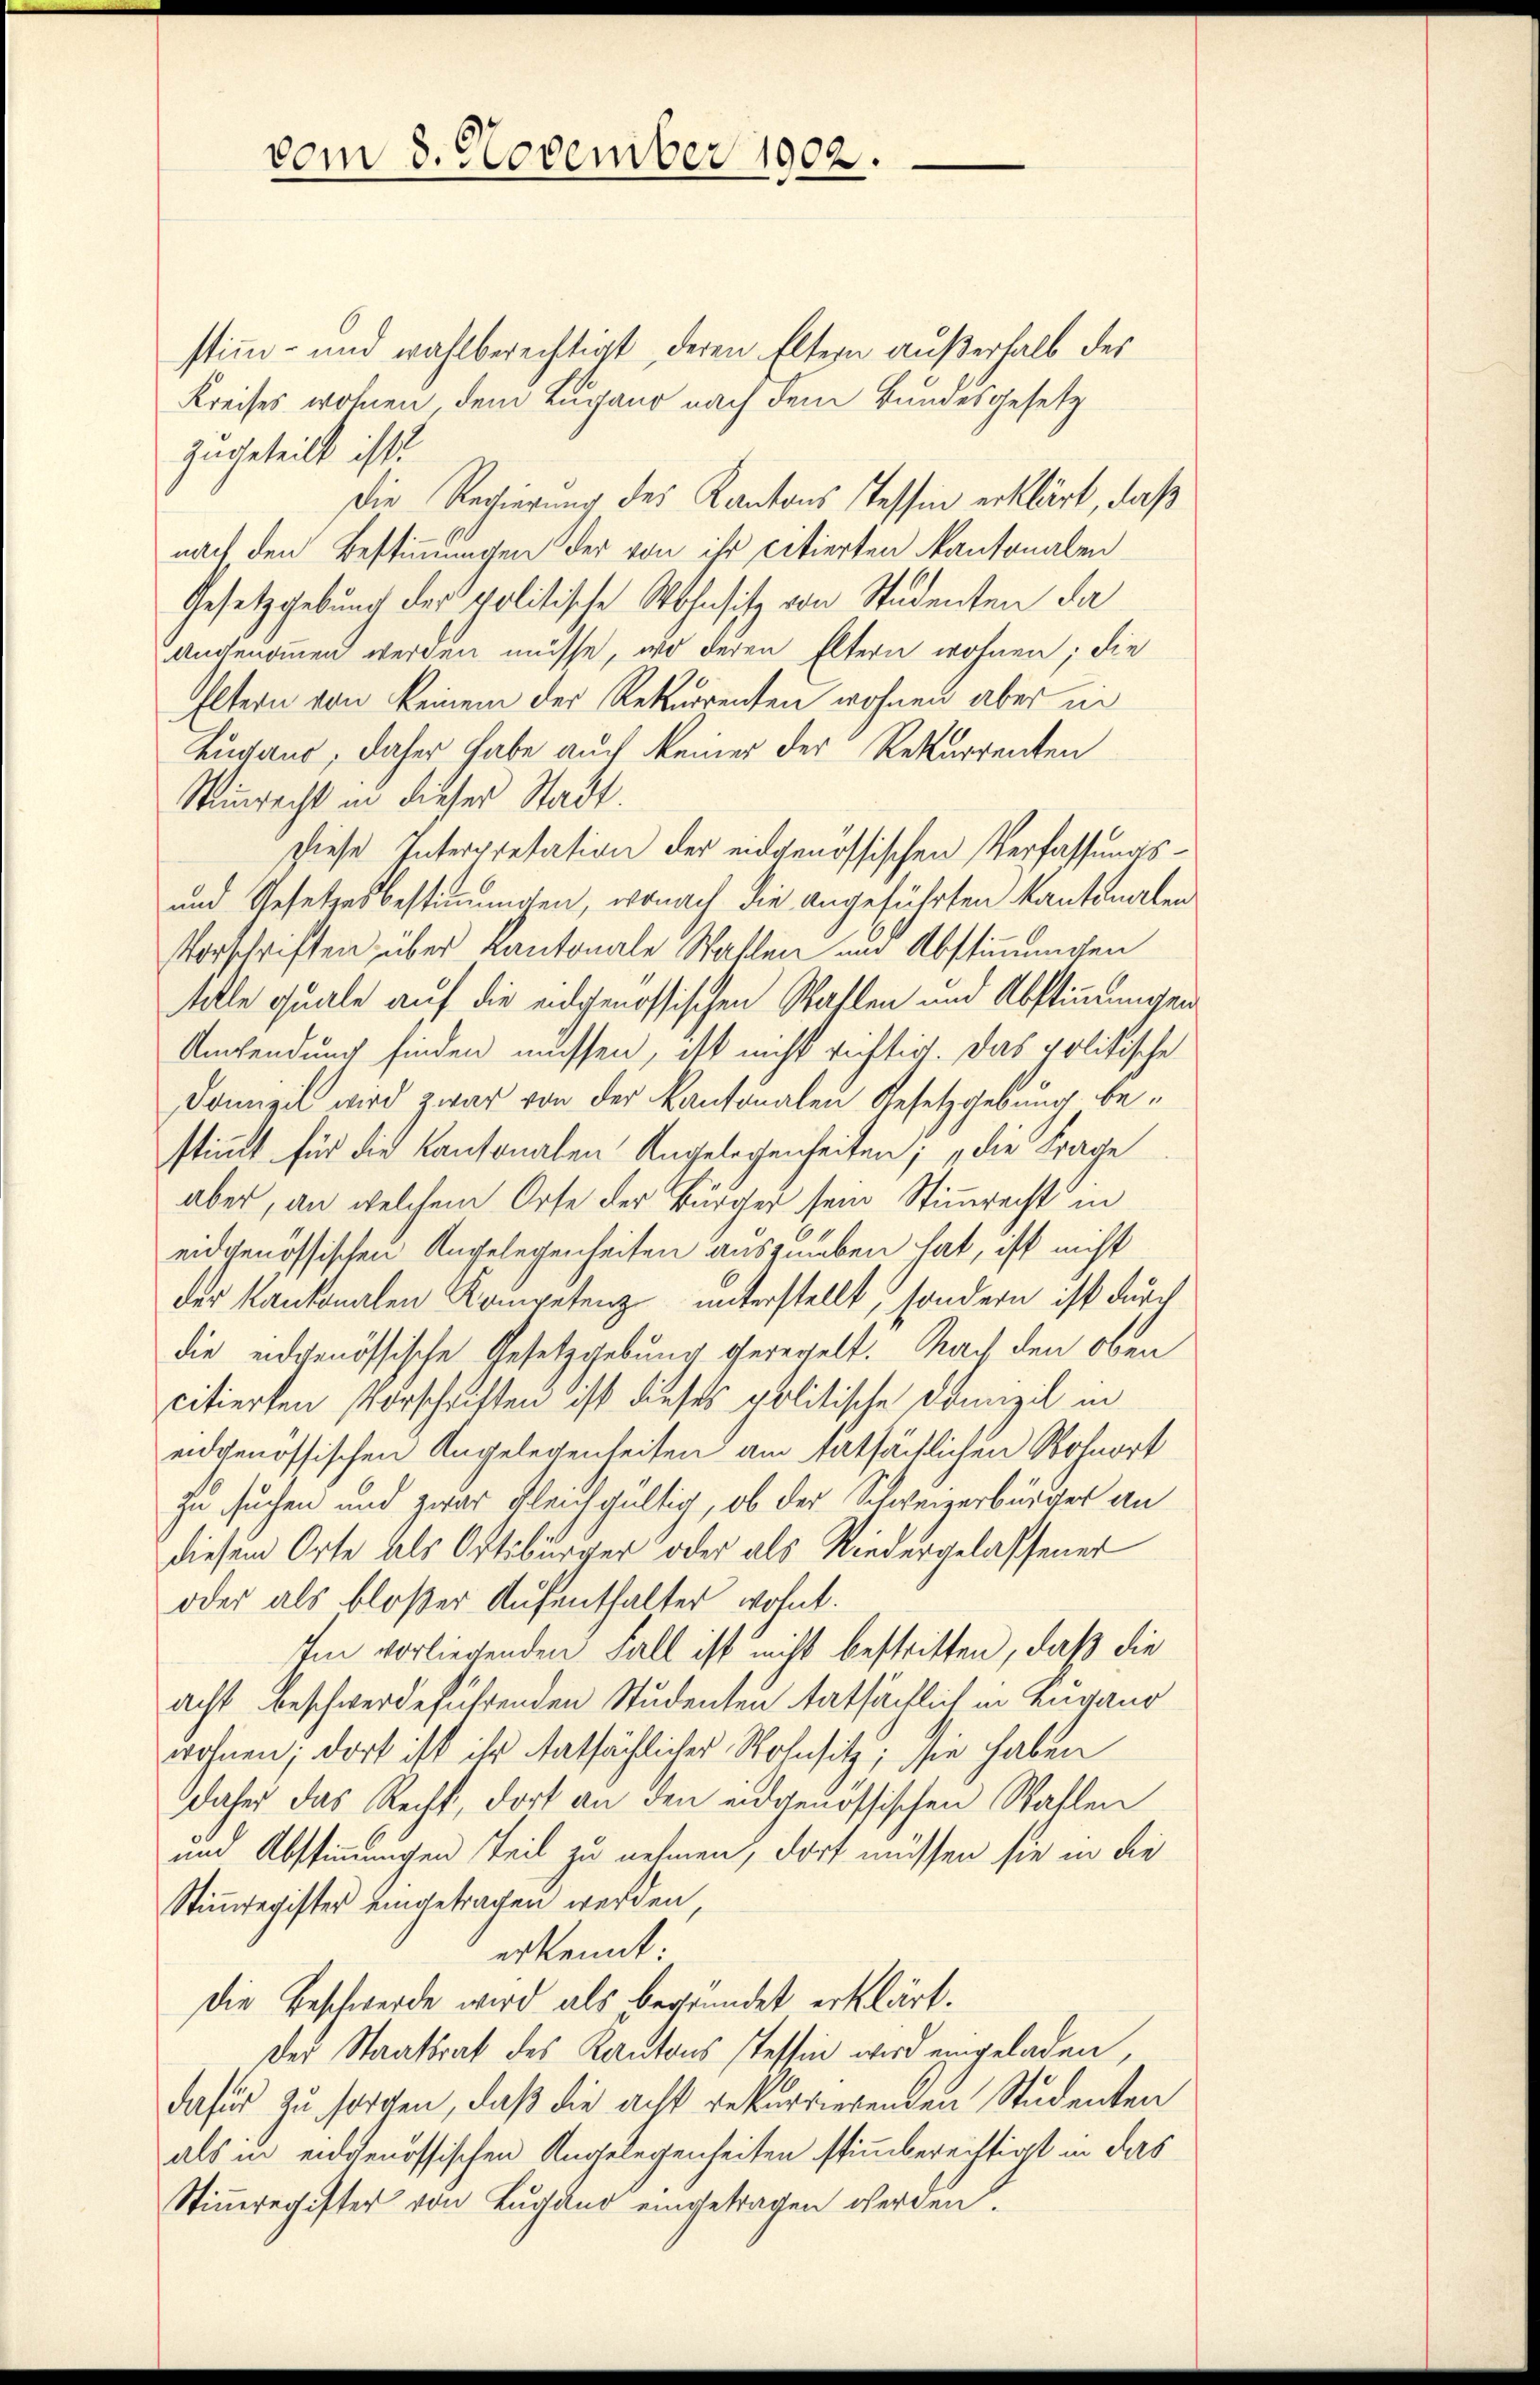
vom 8. November 1902.

stimm- und wahlberechtigt, deren Eltern außerhalb des
Kreises wohnen dem Lugano nach dem Bundesgesetz
zugeteilt ist.
Die Regierung des Kantons Tessin erklärt, daß
nach den Bestimmungen der von ihr citierten Kantonalen
Gesetzgebung der politische Wohnsitz von Studenten da
angenommen werden müsse, wo deren Eltern wohnen; die
Eltern von keinem der Rekurrenten wohnen aber in
Lugaus, daher habe auch keiner der Rekurrenten
Stinnrecht in dieser Stadt.
Diese Interpretation der eidgenössischen Verfassungs¬
und Gesetzesbestimmungen, wonach die angeführten Kantonalen
Vorschriften über Kantonale Wahlen und Abstimmungen
tille quale auf die eidgenössischen Wahlen und Abstimmungen
Anwendung finden müssen, ist nicht richtig. Das politische
Domizil wird zwar von der Kantonalen Gesetzgebung bestimmt für die Kantonalen Angelegenheiten; „die Frage
aber, an welchem Orte der Bürger sein Stimmrecht in
eidgenössischen Angelegenheiten ausgeben hat, ist nicht
der Kantonalen Kompetenz unterstellt, sondern ist durch
die eidgenössische Gesetzgebung geregelt. Nach den oben
citierten Vorschriften ist dieses politische Domizil in
eidgenössischen Angelegenheiten am tatsächlichen Wohnort
zu suchen und zwar gleichgültig, ob der Schweizerbürger an
diesem Orte als Ortsbürger oder als Niedergelassener
oder als bloßer Aufenthalter wohnt.
Im vorliegenden Fall ist nicht bestritten, daß die
acht beschwerdeführenden Studenten tatsächlich in Lugano
wohnen; dort ist ihr tatsächlicher Wohnsitz; sie haben
daher das Recht, dort an den eidgenössischen Wahlen
und Abstimmungen Teil zu nehmen, dort müssen sie in die
Stimmregister eingetragen werden
erkennt:
Die Beschwerde wird als begründet erklärt.
Der Staatsrat des Kantons Tessin wird eingeladen,
dafür zu sorgen, daß die acht rekurrierenden Studenten
als in eidgenössischen Angelegenheiten stimmberechtigt in das
Stimmregister von Lugano eingetragen werden.